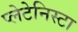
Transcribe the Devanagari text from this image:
प्‍लेटेनिस्‍टा